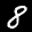
Label: 8